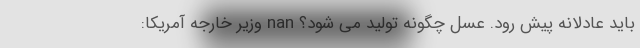
باید عادلانه پیش رود. عسل چگونه تولید می شود؟ nan وزیر خارجه آمریکا: